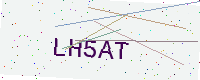
Text: LH5AT